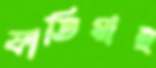
ফাতিমাই